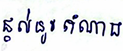
ផ្តល់នូវតំណាង